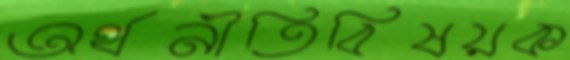
অর্থনীতিবিষয়ক